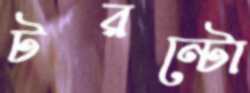
টরন্টো